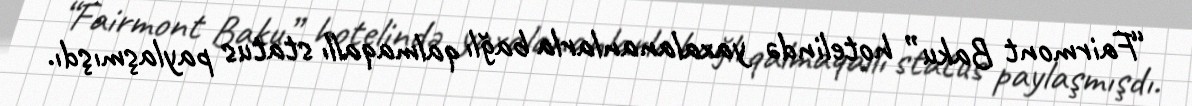
“Fairmont Baku” hotelində yaxalananlarla bağlı qalmaqallı status paylaşmışdı.